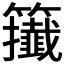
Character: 𥷪